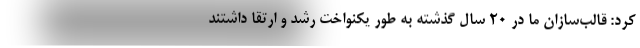
کرد: قالب‌سازان ما در ۲۰ سال گذشته به طور یکنواخت رشد و ارتقا داشتند